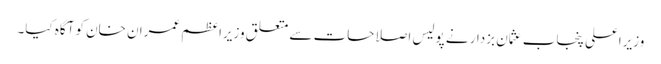
وزیراعلی پنجاب عثمان بزدار نے پولیس اصلاحات سے متعلق وزیراعظم عمران خان کو آگاہ کیا۔